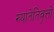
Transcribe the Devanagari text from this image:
ख्यातेतिवृत्तो